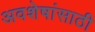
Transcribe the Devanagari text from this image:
अवशेषांसाठी